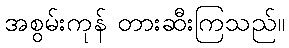
အစွမ်းကုန် တားဆီးကြသည်။